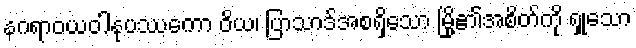
နဂရာဝယဝါနုပဿကော ဝိယ၊ ပြာသာဒ်အစရှိသော မြို့၏အစိတ်ကို ရှုသော